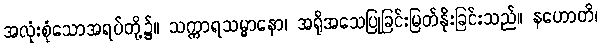
အလုံးစုံသောအရပ်တို့၌။ သက္ကာရသမ္မာနော၊ အရိုအသေပြုခြင်းမြတ်နိုးခြင်းသည်။ နဟောတိ၊